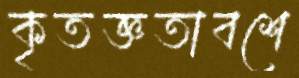
কৃতজ্ঞতাবশে